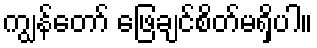
ကျွန်တော် ဖြေချင်စိတ်မရှိပါ။